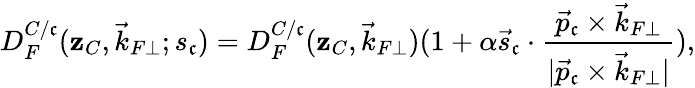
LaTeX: D_{F}^{C/\mathfrak{c}}(\mathbf{z}_{C},\vec{{k}}_{F\perp};s_{\mathfrak{c}})=D_{F}^{C/\mathfrak{c}}(\mathbf{z}_{C},\vec{{k}}_{F\perp})(1+\alpha\vec{{s}}_{\mathfrak{c}}\cdot{\frac{{\vec{{p}}_{\mathfrak{c}}\times\vec{{k}}_{F\perp}}}{{|\vec{{p}}_{\mathfrak{c}}\times\vec{{k}}_{F\perp}|}}}),